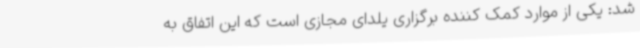
شد: یکی از موارد کمک کننده برگزاری یلدای مجازی است که این اتفاق به